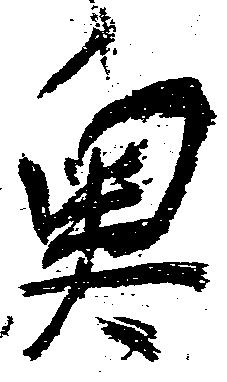
奥